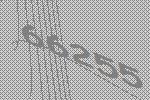
66255